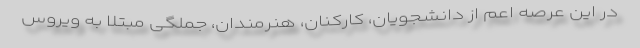
در این عرصه اعم از دانشجویان، کارکنان، هنرمندان، جملگی مبتلا به ویروس